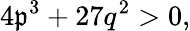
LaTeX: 4\mathfrak{p}^{3}+27q^{2}>0,